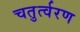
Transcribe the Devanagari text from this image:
चतुर्त्वरण